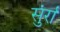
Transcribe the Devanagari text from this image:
सुंर्रा